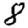
Digit: 8